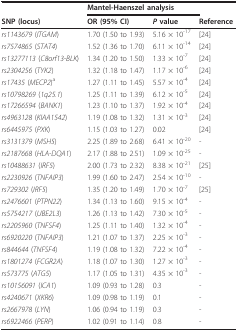
<table><thead><tr><td></td><td colspan="2"><b>Mantel-Haenszel analysis</b></td><td></td></tr><tr><td><b>SNP (locus)</b></td><td><b>OR (95% CI)</b></td><td><b><i>P </i>value</b></td><td><b>Reference</b></td></tr></thead><tbody><tr><td><i>rs1143679 </i>(<i>ITGAM</i>)</td><td>1.70 (1.50 to 1.93)</td><td>5.16 × 10<sup>-17</sup></td><td>[24]</td></tr><tr><td><i>rs7574865 </i>(<i>STAT4</i>)</td><td>1.52 (1.36 to 1.70)</td><td>6.11 × 10<sup>-14</sup></td><td>[24]</td></tr><tr><td><i>rs13277113 </i>(<i>C8orf13-BLK</i>)</td><td>1.34 (1.20 to 1.50)</td><td>1.33 × 10<sup>-7</sup></td><td>[24]</td></tr><tr><td><i>rs2304256 </i>(<i>TYK2</i>)</td><td>1.32 (1.18 to 1.47)</td><td>1.17 × 10<sup>-6</sup></td><td>[24]</td></tr><tr><td><i>rs17435 </i>(<i>MECP2</i>)<sup>a</sup></td><td>1.27 (1.11 to 1.45)</td><td>5.57 × 10<sup>-4</sup></td><td>[24]</td></tr><tr><td><i>rs10798269 </i>(<i>1q25.1</i>)</td><td>1.25 (1.11 to 1.39)</td><td>6.12 × 10<sup>-5</sup></td><td>[24]</td></tr><tr><td><i>rs17266594 </i>(<i>BANK1</i>)</td><td>1.23 (1.10 to 1.37)</td><td>1.92 × 10<sup>-4</sup></td><td>[24]</td></tr><tr><td><i>rs4963128 </i>(<i>KIAA1542</i>)</td><td>1.19 (1.08 to 1.32)</td><td>1.31 × 10<sup>-3</sup></td><td>[24]</td></tr><tr><td><i>rs6445975 </i>(<i>PXK</i>)</td><td>1.15 (1.03 to 1.27)</td><td>0.02</td><td>[24]</td></tr><tr><td><i>rs3131379 </i>(<i>MSH5</i>)</td><td>2.25 (1.89 to 2.68)</td><td>6.41 × 10<sup>-20</sup></td><td>-</td></tr><tr><td><i>rs2187668 </i>(<i>HLA-DQA1</i>)</td><td>2.17 (1.88 to 2.51)</td><td>1.09 × 10<sup>-25</sup></td><td>-</td></tr><tr><td><i>rs10488631 </i>(<i>IRF5</i>)</td><td>2.00 (1.73 to 2.32)</td><td>8.38 × 10<sup>-21</sup></td><td>[25]</td></tr><tr><td><i>rs2230926 </i>(<i>TNFAIP3</i>)</td><td>1.99 (1.60 to 2.47)</td><td>2.54 × 10<sup>-10</sup></td><td>-</td></tr><tr><td><i>rs729302 </i>(<i>IRF5</i>)</td><td>1.35 (1.20 to 1.49)</td><td>1.70 × 10<sup>-7</sup></td><td>[25]</td></tr><tr><td><i>rs2476601 </i>(<i>PTPN22</i>)</td><td>1.34 (1.13 to 1.60)</td><td>9.15 × 10<sup>-4</sup></td><td>-</td></tr><tr><td><i>rs5754217 </i>(<i>UBE2L3</i>)</td><td>1.26 (1.13 to 1.42)</td><td>7.30 × 10<sup>-5</sup></td><td>-</td></tr><tr><td><i>rs2205960 </i>(<i>TNFSF4</i>)</td><td>1.25 (1.11 to 1.40)</td><td>1.32 × 10<sup>-4</sup></td><td>-</td></tr><tr><td><i>rs6920220 </i>(<i>TNFAIP3</i>)</td><td>1.21 (1.07 to 1.37)</td><td>2.25 × 10<sup>-3</sup></td><td>-</td></tr><tr><td><i>rs844644 </i>(<i>TNFSF4</i>)</td><td>1.19 (1.08 to 1.32)</td><td>7.22 × 10<sup>-4</sup></td><td>-</td></tr><tr><td><i>rs1801274 </i>(<i>FCGR2A</i>)</td><td>1.18 (1.07 to 1.30)</td><td>1.27 × 10<sup>-3</sup></td><td>-</td></tr><tr><td><i>rs573775 </i>(<i>ATG5</i>)</td><td>1.17 (1.05 to 1.31)</td><td>4.35 × 10<sup>-3</sup></td><td>-</td></tr><tr><td><i>rs10156091 </i>(<i>ICA1</i>)</td><td>1.09 (0.93 to 1.28)</td><td>0.3</td><td>-</td></tr><tr><td><i>rs4240671 </i>(<i>XKR6</i>)</td><td>1.09 (0.98 to 1.19)</td><td>0.1</td><td>-</td></tr><tr><td><i>rs2667978 </i>(<i>LYN</i>)</td><td>1.06 (0.94 to 1.19)</td><td>0.3</td><td>-</td></tr><tr><td><i>rs6922466 </i>(<i>PERP</i>)</td><td>1.02 (0.91 to 1.14)</td><td>0.8</td><td>-</td></tr></tbody></table>